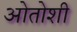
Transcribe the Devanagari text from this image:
ओतोशी